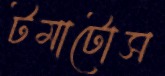
টমাটোস